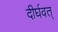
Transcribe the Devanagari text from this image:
दीर्घवत्‌